Aleksander_Warma, lk 14
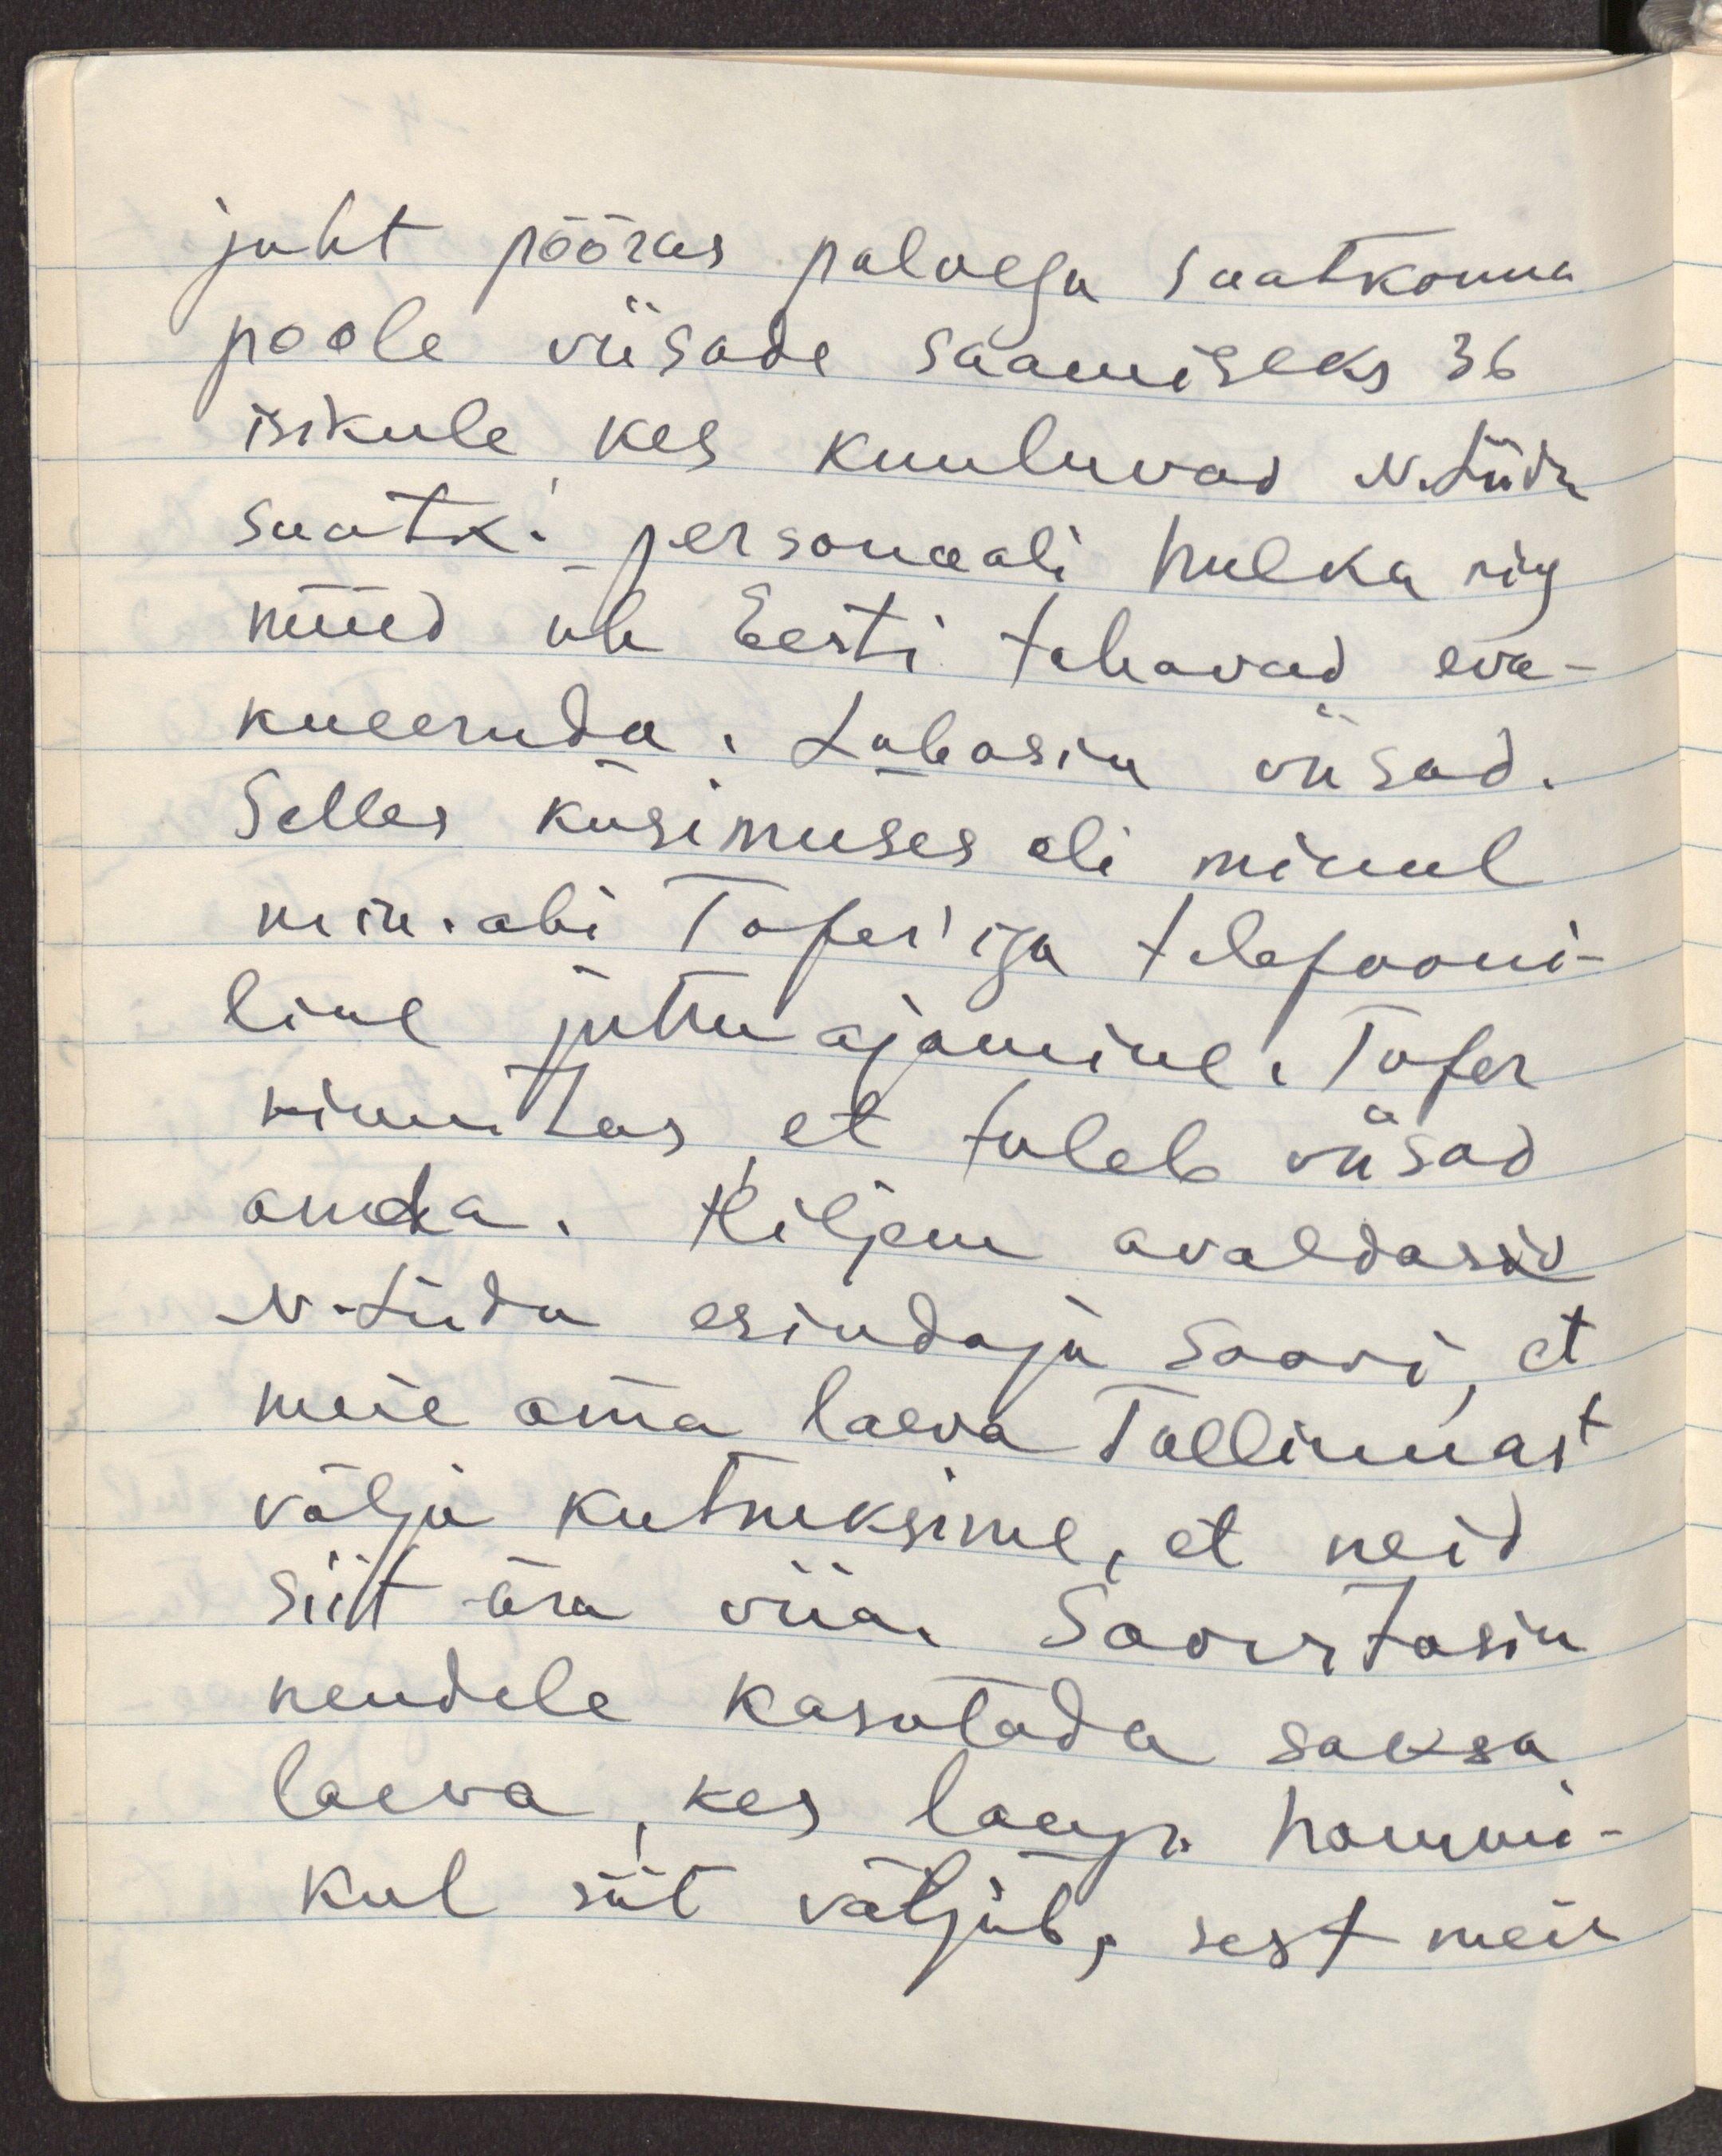
juht pööras palvega saatkonna
poole viisade saamiseks 36
isikule, kes kuuluvad N. Liidu
saatk. personaali hulka ning
nüüd üle Eesti tahavad eva-
kueeruda. Lubasin viisad.
Selles küsimuses oli minul
min. abi Tofer'iga telefooni-
line jutu ajamine. Tofer
kinnitas, et tuleb viisad
anda. Hiljem avaldasid
N. Liidu esindaja soovi, et
meie oma laeva Tallinnast
välja kutsuksime, et neid
siit ära viia. Soovitasin
nendele kasutada saksa
laeva, kes laup. hommi-
kul siit väljub, sest meie